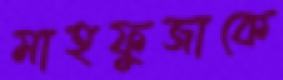
মাহফুজাকে